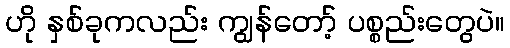
ဟို နှစ်ခုကလည်း ကျွန်တော့် ပစ္စည်းတွေပဲ။